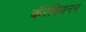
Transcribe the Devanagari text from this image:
कॅरेबियनन